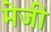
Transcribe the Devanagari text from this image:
मेजी